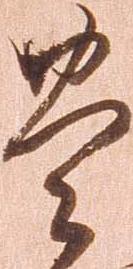
豊